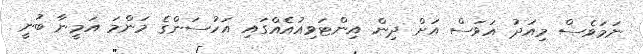
ނަމަވެސް މިއަދު އަވަސް އަށް ދިން އިންޓަވިއުއެއްގައި އަހުސަންގެ މަންމަ އަމީނާ ބުނީ